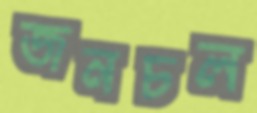
জনচল